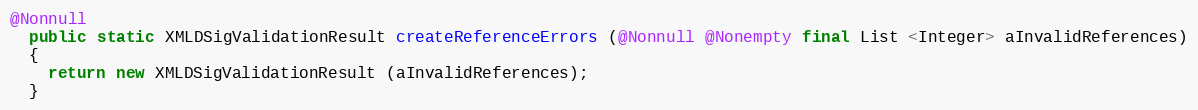
Language: Java
@Nonnull
  public static XMLDSigValidationResult createReferenceErrors (@Nonnull @Nonempty final List <Integer> aInvalidReferences)
  {
    return new XMLDSigValidationResult (aInvalidReferences);
  }